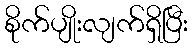
စိုက်ပျိုးလျက်ရှိပြီး